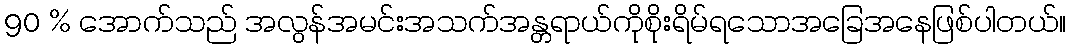
90 % အောက်သည် အလွန်အမင်းအသက်အန္တရာယ်ကိုစိုးရိမ်ရသောအခြေအနေဖြစ်ပါတယ်။